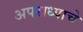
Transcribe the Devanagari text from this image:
अपराध्याचे